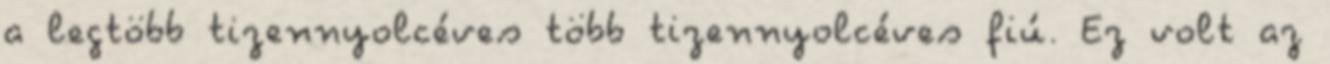
a legtöbb tizennyolcéves több tizennyolcéves fiú. Ez volt az